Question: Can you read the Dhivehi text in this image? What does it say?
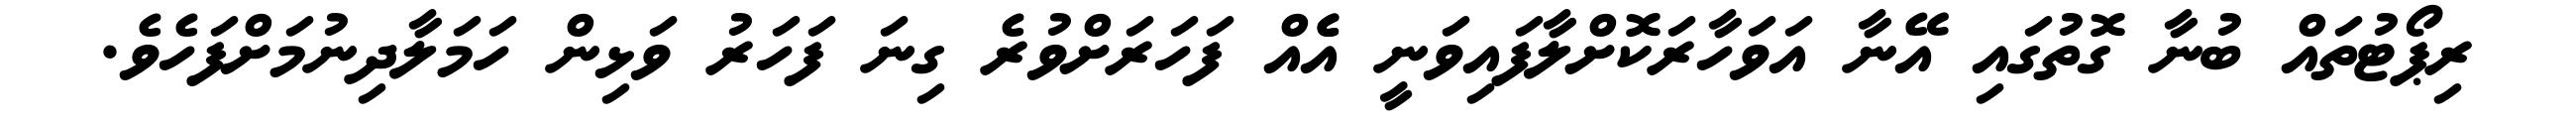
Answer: ރިޕޯޓުތައް ބުނާ ގޮތުގައި އޭނާ އަވަހާރަކޮށްލާފައިވަނީ އެެއް ފަހަރަށްވުރެ ގިނަ ފަހަރު ވަޅިން ހަމަލާދިނުމަށްފަހެވެ.